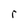
Character: r